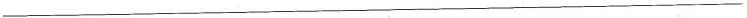
___